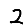
Digit: 2